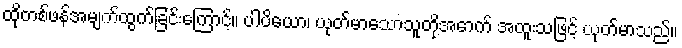
ထိုတစ်ဖန်အမျက်ထွက်ခြင်းကြောင့်။ ပါပိယော၊ ယုတ်မာသောသူတို့အောက် အထူးသဖြင့် ယုတ်မာသည်။